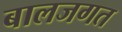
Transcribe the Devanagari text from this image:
बालजगत